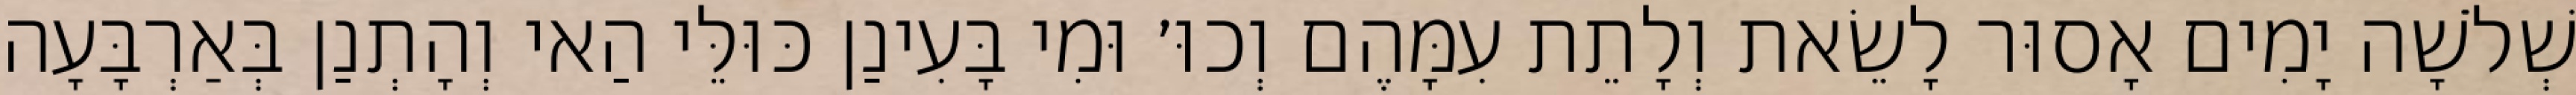
שְׁלֹשָׁה יָמִים אָסוּר לָשֵׂאת וְלָתֵת עִמָּהֶם וְכוּ׳ וּמִי בָּעִינַן כּוּלֵּי הַאי וְהָתְנַן בְּאַרְבָּעָה